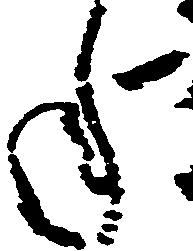
年